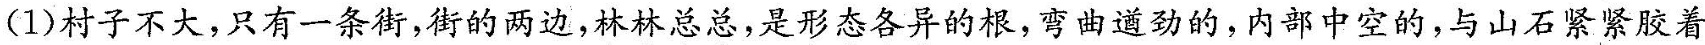
(1)村子不大，只有一条街，街的两边，林林总总，是形态各异的根，弯曲道劲的内部中空的，与山石紧紧胶着